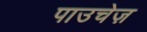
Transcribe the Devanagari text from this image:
पाउचेज़